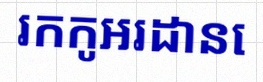
រកកូអរដោនេ